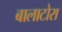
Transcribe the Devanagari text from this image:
बालाटोरा